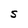
Character: S